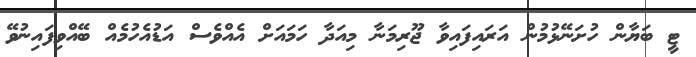
ޓީ ބަޔާން ހުށަނޭޅުމުން އަރައިފައިވާ ޖޫރިމަނާ މިއަދާ ހަމައަށް އެއްވެސް އަޑުއެހުމެއް ބޭއްވިފައިނުވޭ